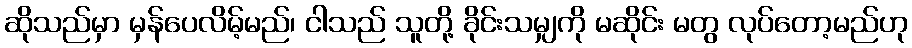
ဆိုသည်မှာ မှန်ပေလိမ့်မည်၊ ငါသည် သူတို့ ခိုင်းသမျှကို မဆိုင်း မတွ လုပ်တော့မည်ဟု